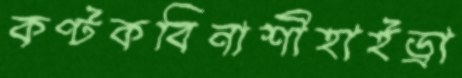
কণ্টকবিনাশীহাইড্রা